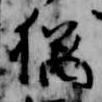
猶